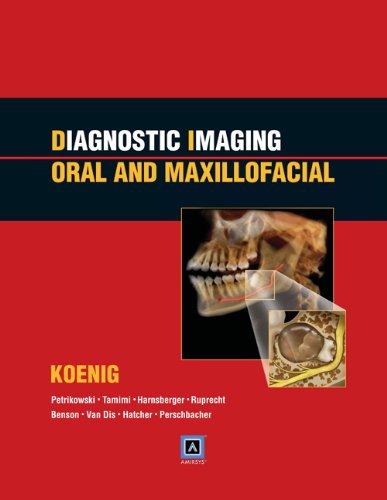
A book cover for Diagnostic Imaging: Oral and Maxillofacial: Published by AmirsysÂ®; Lisa J. Koenig BChD  DDS  MS; Medical Books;